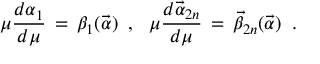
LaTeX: \mu { \frac { d \alpha _ { 1 } } { d \mu } } \, = \, \beta _ { 1 } ( { \vec { \alpha } } ) \, \, \, , \, \, \, \, \mu { \frac { d { \vec { \alpha } } _ { 2 n } } { d \mu } } \, = \, { \vec { \beta } } _ { 2 n } ( { \vec { \alpha } } ) \, \, \, .